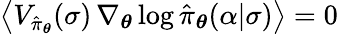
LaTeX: \left\langle V_{\hat{\pi}_{\boldsymbol{\theta}}}(\sigma)\, \nabla_{\boldsymbol{\theta}}\log\hat{\pi}_{\boldsymbol{\theta}}(\alpha\vert\sigma)\right\rangle=0